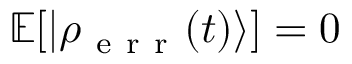
\mathbb { E } [ | \rho _ { \mathrm { ~ e ~ r ~ r ~ } } ( t ) \rangle ] = 0